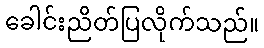
ခေါင်းညိတ်ပြလိုက်သည်။